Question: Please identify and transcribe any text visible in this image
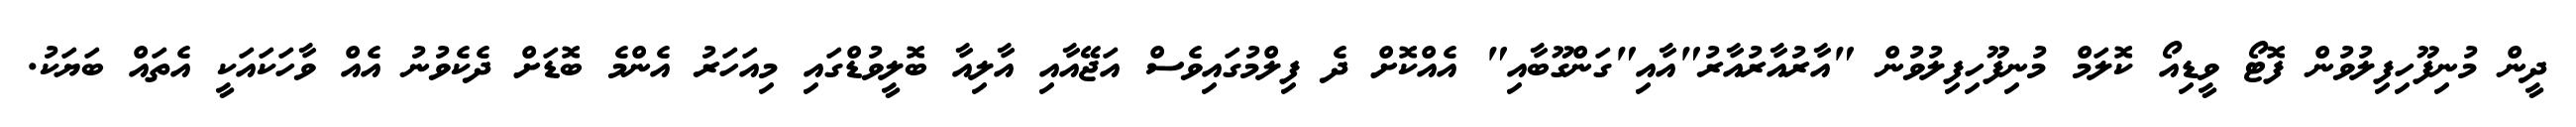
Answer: ދީން މުނިފޫހިފިލުވުން ފޮޓޯ ވީޑިއޯ ކޮލަމް މުނިފޫހިފިލުވުން "އާރުއާރުއާރު"އާއި"ގަންގޫބާއި" އެއްކޮށް ދެ ފިލްމުގައިވެސް އަޖޭއާއި އާލިއާ ބޮލީވުޑްގައި މިއަހަރު އެންމެ ބޮޑަށް ދެކެވުނު އެއް ވާހަކައަކީ އެތައް ބަޔަކު.